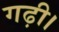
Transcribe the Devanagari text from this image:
गढ़ी।